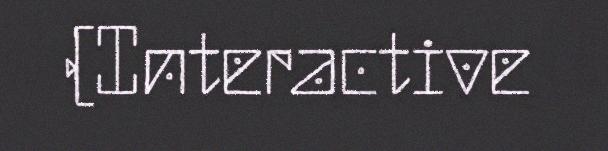
(Interactive